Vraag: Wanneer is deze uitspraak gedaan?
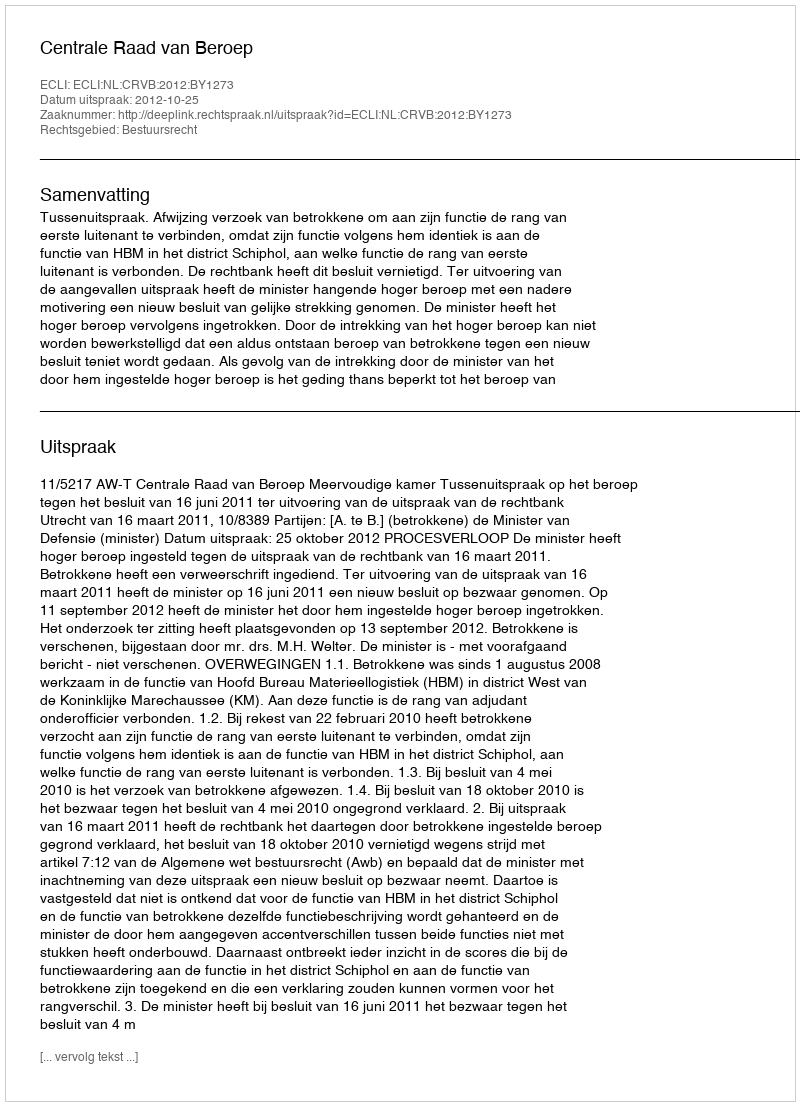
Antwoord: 2012-10-25